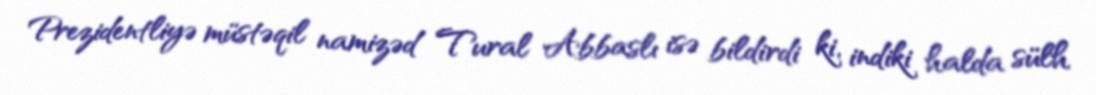
Prezidentliyə müstəqil namizəd Tural Abbaslı isə bildirdi ki, indiki halda sülh